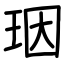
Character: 珚